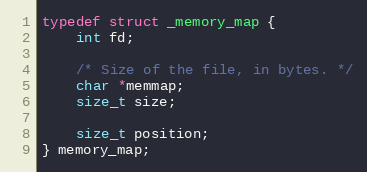
Language: C
typedef struct _memory_map {
    int fd;

    /* Size of the file, in bytes. */
    char *memmap;
    size_t size;

    size_t position;
} memory_map;